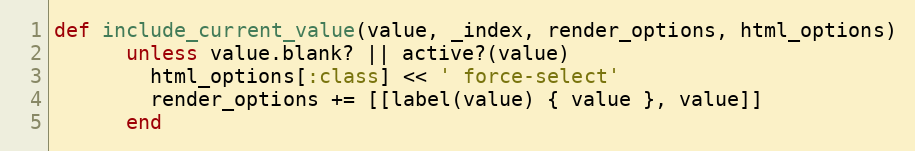
Language: Ruby
def include_current_value(value, _index, render_options, html_options)
      unless value.blank? || active?(value)
        html_options[:class] << ' force-select'
        render_options += [[label(value) { value }, value]]
      end